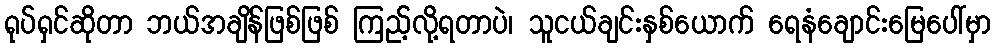
ရုပ်ရှင်ဆိုတာ ဘယ်အချိန်ဖြစ်ဖြစ် ကြည့်လို့ရတာပဲ၊ သူငယ်ချင်းနှစ်ယောက် ရေနံချောင်းမြေပေါ်မှာ